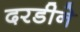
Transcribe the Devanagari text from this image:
दरडीने